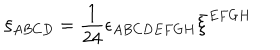
LaTeX: \xi _ { A B C D } = \frac { 1 } { 2 4 } \epsilon _ { A B C D E F G H } \bar { \xi } ^ { E F G H }